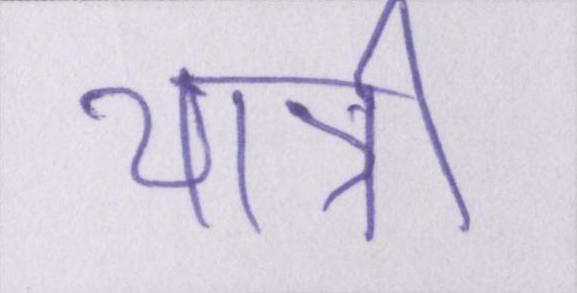
यात्री